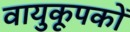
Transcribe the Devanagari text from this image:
वायुकूपकों